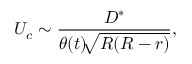
U _ { c } \sim \frac { D ^ { * } } { \theta ( t ) \sqrt [ ] { R ( R - r ) } } ,